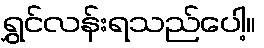
ရွှင်လန်းရသည်ပေါ့။